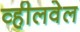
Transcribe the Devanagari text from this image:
व्हीलवेल